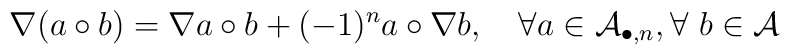
\nabla (a\circ b)=\nabla a\circ b+(-1)^na\circ \nabla b,\quad \forall a\in {\cal A}_{\bullet ,n},\forall ~b\in {\cal A}